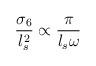
LaTeX: \begin{align*}\frac{\sigma_6}{l_s^2}\propto \frac{\pi}{l_s \omega}\end{align*}